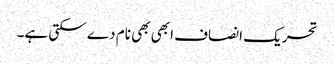
تحریک انصاف ابھی بھی نام دے سکتی ہے۔